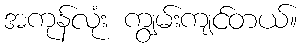
အကုန်လုံး ကျွမ်းကျင်တယ်။